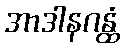
အာဒါနဂန္ထံ